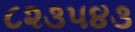
૮૨૩૫૪૩